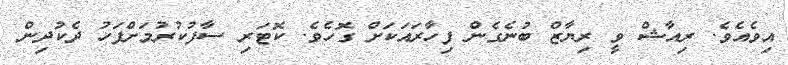
އިވެއެވެ. ރިއާޝް ވީ ރިޔާޒް ބުނެގެން ފިހާރައަކަށް ގޮހެވެ. ކޮޓަރި ސާފުކުރުމަށްފަހު ދެކުދިން